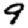
Digit: 9